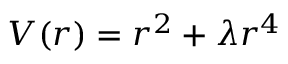
V ( r ) = r ^ { 2 } + \lambda r ^ { 4 }